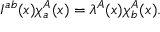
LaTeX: I ^ { a b } ( x ) \chi _ { a } ^ { A } ( x ) = \lambda ^ { A } ( x ) \chi _ { b } ^ { A } ( x ) .